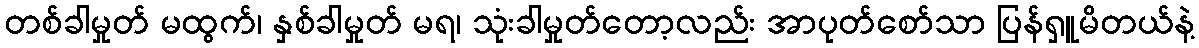
တစ်ခါမှုတ် မထွက်၊ နှစ်ခါမှုတ် မရ၊ သုံးခါမှုတ်တော့လည်း အာပုတ်စော်သာ ပြန်ရှူမိတယ်နဲ့